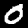
Label: 0